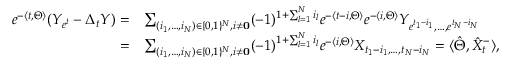
\begin{array} { r l } { e ^ { - \langle t , \Theta \rangle } ( Y _ { e ^ { t } } - \Delta _ { t } Y ) = } & { \sum _ { ( i _ { 1 } , \dots , i _ { N } ) \in \{ 0 , 1 \} ^ { N } , i \neq \bf { 0 } } ( - 1 ) ^ { 1 + \sum _ { l = 1 } ^ { N } i _ { l } } e ^ { - \langle t - i , \Theta \rangle } e ^ { - \langle i , \Theta \rangle } Y _ { e ^ { t _ { 1 } - i _ { 1 } } , \dots , e ^ { t _ { N } - i _ { N } } } } \\ { = } & { \sum _ { ( i _ { 1 } , \dots , i _ { N } ) \in \{ 0 , 1 \} ^ { N } , i \neq \bf { 0 } } ( - 1 ) ^ { 1 + \sum _ { l = 1 } ^ { N } i _ { l } } e ^ { - \langle i , \Theta \rangle } X _ { { t _ { 1 } - i _ { 1 } } , \dots , { t _ { N } - i _ { N } } } = \langle \hat { \Theta } , \hat { X } _ { t } ^ { - } \rangle , } \end{array}